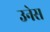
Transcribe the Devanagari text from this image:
उनेस